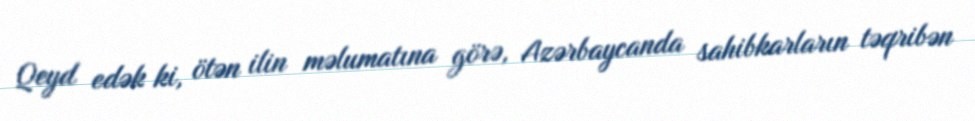
Qeyd edək ki, ötən ilin məlumatına görə, Azərbaycanda sahibkarların təqribən